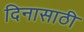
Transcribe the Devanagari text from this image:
दिनासाठी